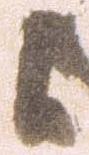
候